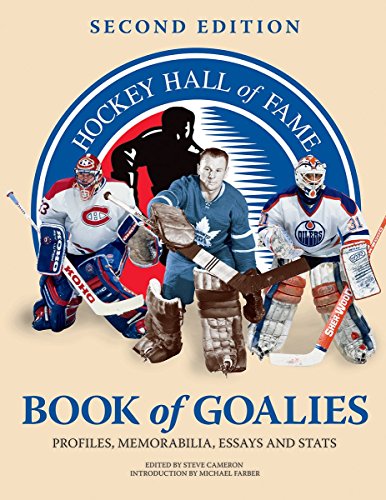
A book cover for Hockey Hall of Fame Book of Goalies: Profiles, Memorabilia, Essays and Stats; Biographies & Memoirs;